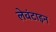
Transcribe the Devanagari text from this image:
लेवंटाइन